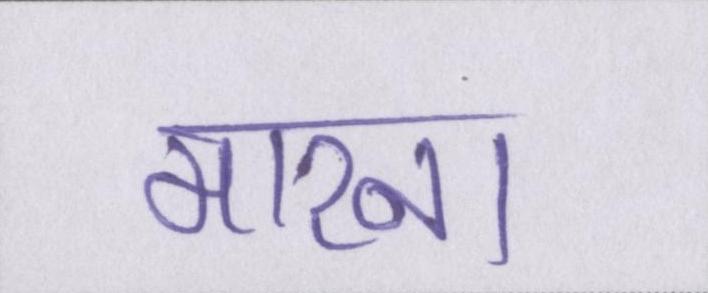
मारना